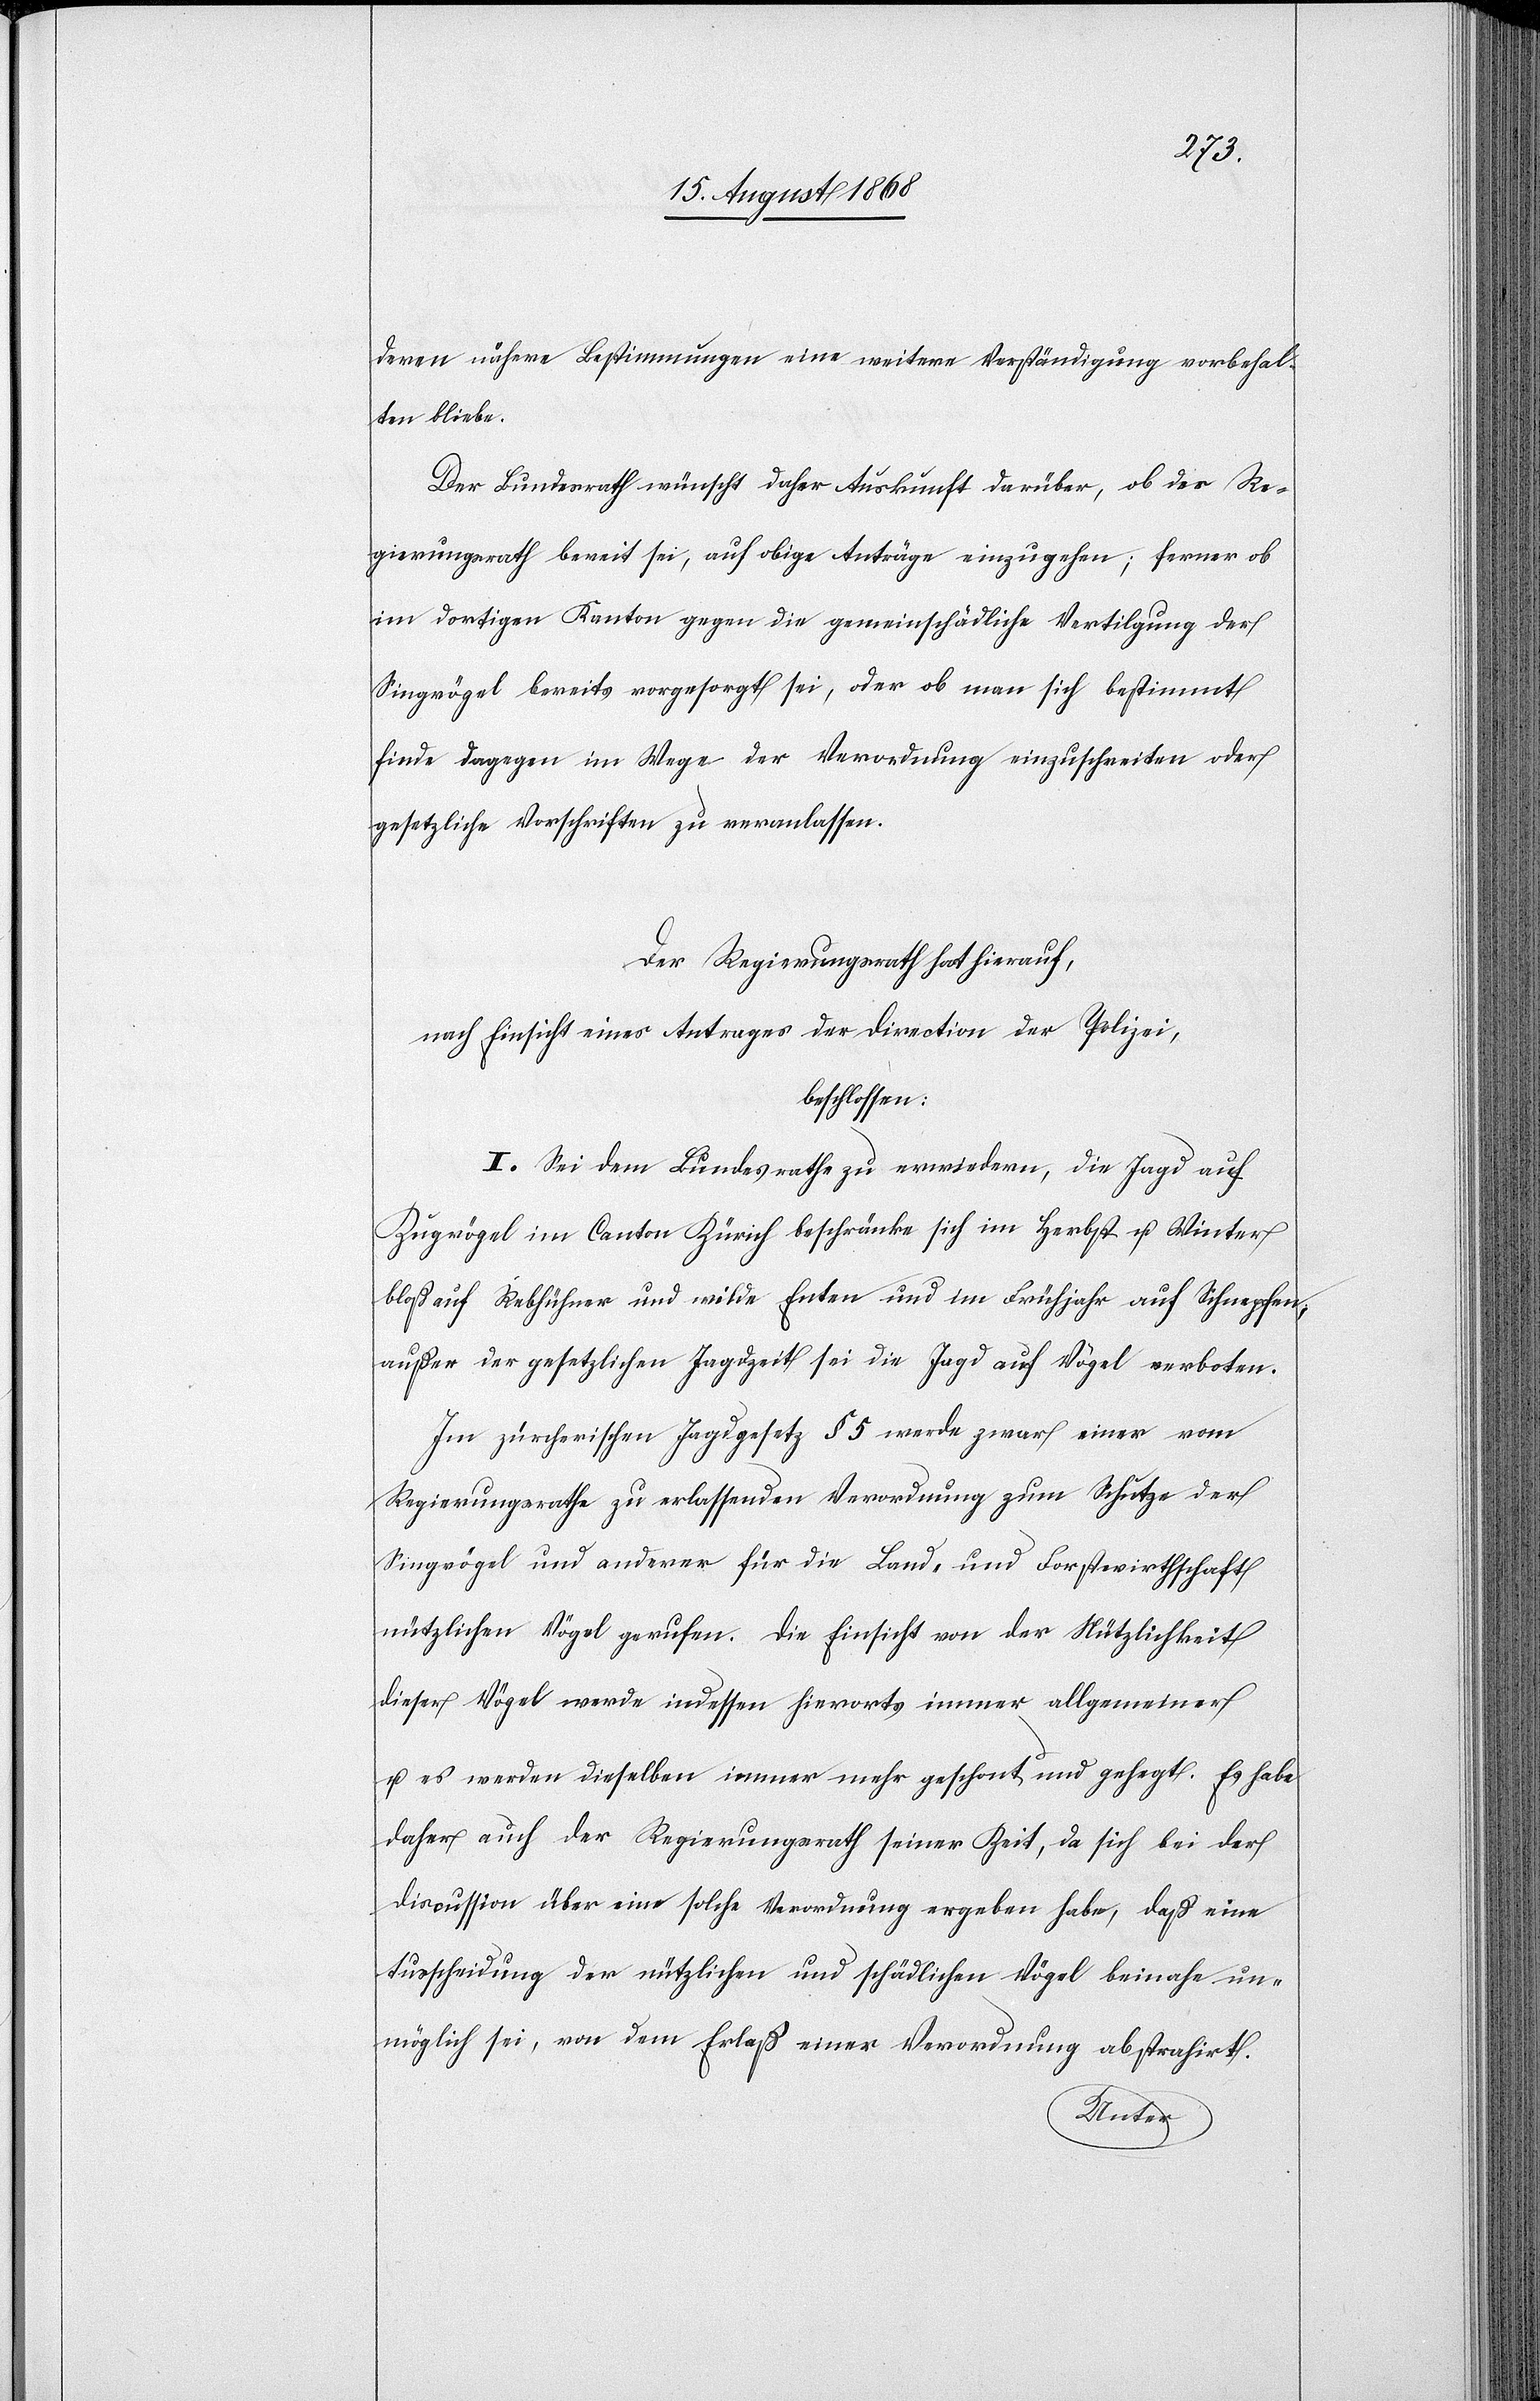
deren nähere Bestimmungen eine weitere Verständigung vorbehal¬
ten bliebe.
Der Bundesrath wünscht daher Auskunft darüber, ob der Re¬
gierungsrath bereit sei, auf obige Anträge einzugehen; ferner ob
im dortigen Kanton gegen die gemeinschädliche Vertilgung der
Singvögel bereits vorgesorgt sei, oder ob man sich bestimmt
finde dagegen im Wege der Verordnung einzuschreiten oder
gesetzliche Vorschriften zu veranlassen.
Der Regierungsrath hat hierauf,
nach Einsicht eines Antrages der Direction der Polizei,
beschlossen:
I. Sei dem Bundesrathe zu erwiedern, die Jagd auf
Zugvögel im Canton Zürich beschränke sich im Herbst u. Winter
bloß auf Rebhühner und wilde Enten und im Frühjahr auf Schnepfen;
außer der gesetzlichen Jagdzeit sei die Jagd auf Vögel verboten.
Im zürcherischen Jagdgesetz § 5 werde zwar einer vom
Regierungsrathe zu erlassenden Verordnung zum Schutze der
Singvögel und anderer für die Land- und Forstwirthschaft
nützlichen Vögel gerufen. Die Einsicht von der Nützlichkeit
dieser Vögel werde indessen hierorts immer allgemeiner
u. es werden dieselben immer mehr geschont und gehegt. Es habe
daher auch der Regierungsrath seiner Zeit, da sich bei der
Discussion über eine solche Verordnung ergeben habe, daß eine
Ausscheidung der nützlichen und schädlichen Vögel beinahe un¬
möglich sei, von dem Erlaß einer Verordnung abstrahirt.